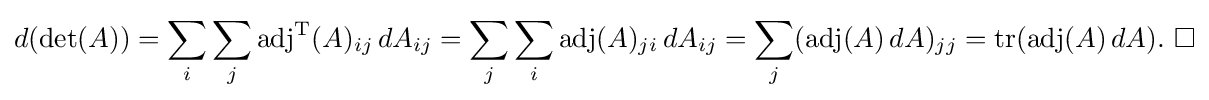
d(\det(A))=\sum _{i}\sum _{j}\operatorname {adj} ^{\rm {T}}(A)_{ij}\,dA_{ij}=\sum _{j}\sum _{i}\operatorname {adj} (A)_{ji}\,dA_{ij}=\sum _{j}(\operatorname {adj} (A)\,dA)_{jj}=\operatorname {tr} (\operatorname {adj} (A)\,dA).\ \square